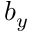
b _ { y }